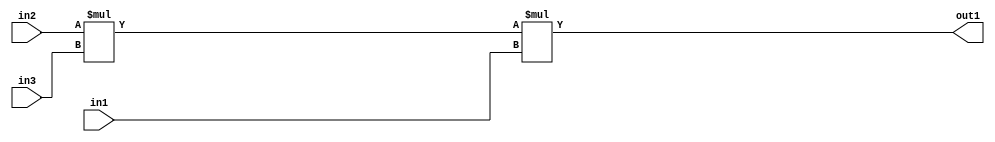
`timescale 1ps / 1ps
/*****************************************************************************
    Verilog RTL Description
    
    
    Created by: Stratus DpOpt 2019.1.01 
*******************************************************************************/

module st_feature_addr_gen_Mul3u16u16u16_4_0 (
	in3,
	in2,
	in1,
	out1
	); /* architecture "behavioural" */ 
input [15:0] in3,
	in2,
	in1;
output [31:0] out1;
wire [31:0] asc001,
	asc002;

assign asc002 = 
	+(in2 * in3);

assign asc001 = 
	+(asc002 * in1);

assign out1 = asc001;
endmodule

/* CADENCE  ubbwQg8= : u9/ySgnWtBlWxVPRXgAZ4Og= ** DO NOT EDIT THIS LINE ******/